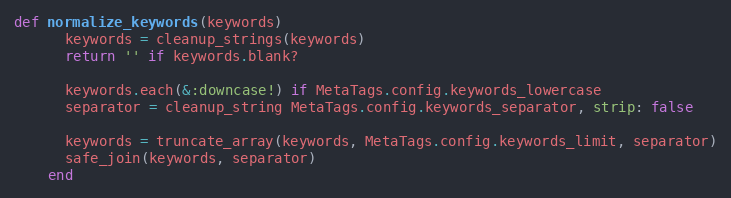
Language: Ruby
def normalize_keywords(keywords)
      keywords = cleanup_strings(keywords)
      return '' if keywords.blank?

      keywords.each(&:downcase!) if MetaTags.config.keywords_lowercase
      separator = cleanup_string MetaTags.config.keywords_separator, strip: false

      keywords = truncate_array(keywords, MetaTags.config.keywords_limit, separator)
      safe_join(keywords, separator)
    end